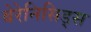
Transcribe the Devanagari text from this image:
बेरेनिसिड्स